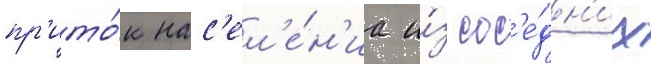
пр'ито́к нас'ел'е́н'иа и́з сос'е́дн'их